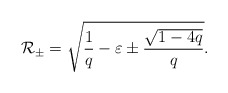
\begin{align*}{\cal R}_\pm=\sqrt{\frac{1}{q}-\varepsilon\pm\frac{\sqrt{1-4q}}{q}}.\end{align*}